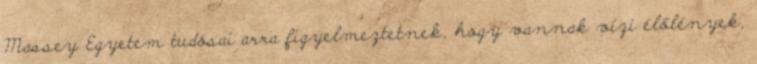
Massey Egyetem tudósai arra figyelmeztetnek, hogy vannak vízi élőlények,